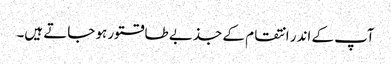
آپ کے اندر انتقام کے جذبے طاقتور ہو جاتے ہیں۔